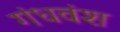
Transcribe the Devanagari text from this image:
गंधवंश